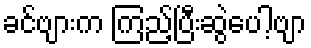
ခင်ဗျားက ကြည့်ပြီးဆွဲပေါ့ဗျာ